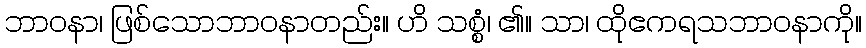
ဘာဝနာ၊ ဖြစ်သောဘာဝနာတည်း။ ဟိ သစ္စံ၊ ၏။ သာ၊ ထိုဧကရသဘာဝနာကို။